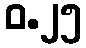
ဝ.၂၅